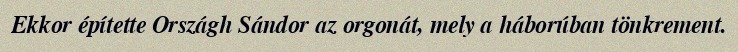
Ekkor építette Országh Sándor az orgonát, mely a háborúban tönkrement.